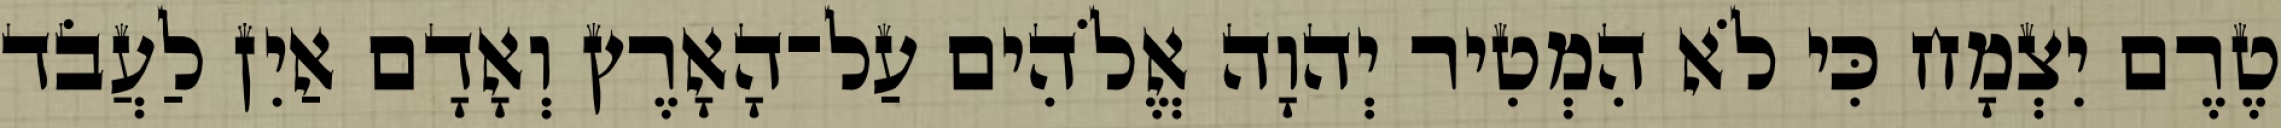
טֶרֶם יִצְמָח כִּי לֹא הִמְטִיר יְהוָה אֱלֹהִים עַל־הָאָרֶץ וְאָדָם אַיִן לַעֲבֹד